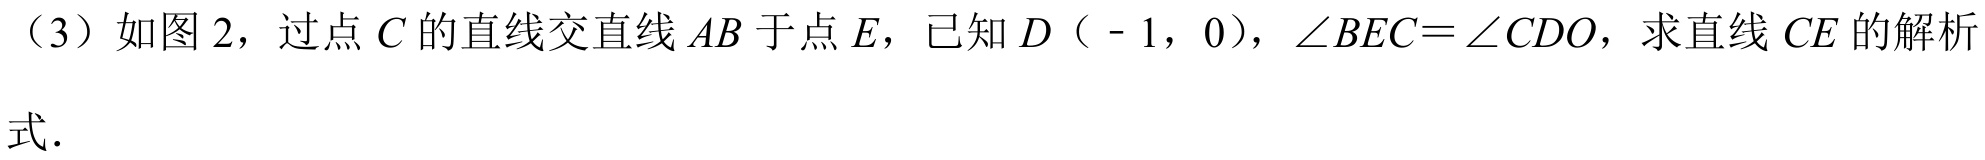
（3）如图 2，过点 \(C\) 的直线交直线 \(AB\) 于点 \(E\)，已知 \(D（ - 1，0）\)，\(\angle BEC=\angle CDO\)，求直线 \(CE\) 的解析式．